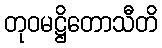
တုဝမဋ္ဌိတောသီတိ